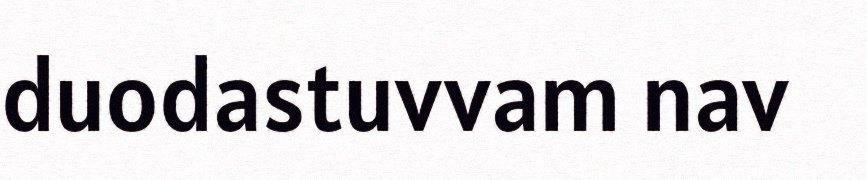
duodastuvvam nav